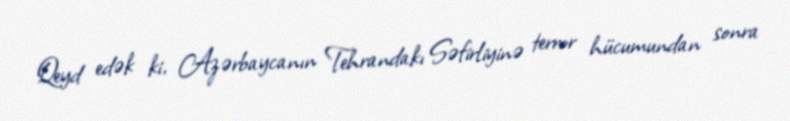
Qeyd edək ki, Azərbaycanın Tehrandakı Səfirliyinə terror hücumundan sonra